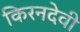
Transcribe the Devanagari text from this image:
किरनदेवी